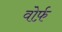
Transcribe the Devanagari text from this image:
वोर्फ़